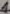
Text: 1